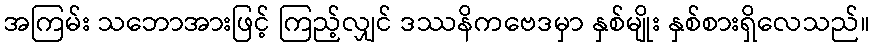
အကြမ်း သဘောအားဖြင့် ကြည့်လျှင် ဒဿနိကဗေဒမှာ နှစ်မျိုး နှစ်စားရှိလေသည်။